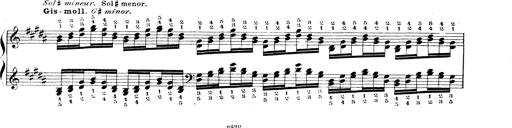
Title: Technische Studien
Composer: Franz Liszt